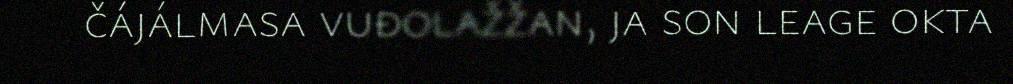
čájálmasa vuđolažžan, ja son leage okta